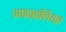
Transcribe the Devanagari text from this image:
अफज़ालियत